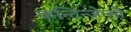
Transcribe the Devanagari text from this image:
कन्टिन्जेन्सी